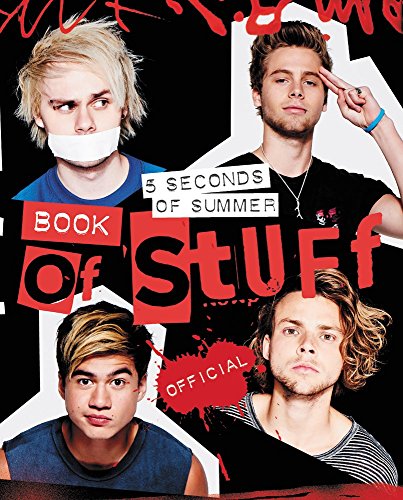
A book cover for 5 Seconds of Summer Book of Stuff; 5 Seconds of Summer; Children's Books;